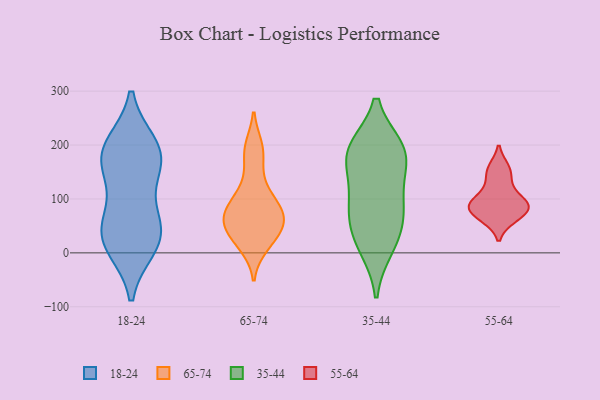
{"axis": {"x": "Conversion Rate (%)", "y": "Value"}, "legend": ["18-24", "35-44", "55-64", "65-74"], "data": [{"x": "", "y": 14, "type": "18-24"}, {"x": "", "y": 198, "type": "18-24"}, {"x": "", "y": 153, "type": "18-24"}, {"x": "", "y": 183, "type": "18-24"}, {"x": "", "y": 43, "type": "18-24"}, {"x": "", "y": 58, "type": "18-24"}, {"x": "", "y": 24, "type": "18-24"}, {"x": "", "y": 11, "type": "18-24"}, {"x": "", "y": 182, "type": "18-24"}, {"x": "", "y": 65, "type": "18-24"}, {"x": "", "y": 148, "type": "18-24"}, {"x": "", "y": 200, "type": "18-24"}, {"x": "", "y": 185, "type": "65-74"}, {"x": "", "y": 129, "type": "65-74"}, {"x": "", "y": 73, "type": "65-74"}, {"x": "", "y": 26, "type": "65-74"}, {"x": "", "y": 195, "type": "65-74"}, {"x": "", "y": 45, "type": "65-74"}, {"x": "", "y": 45, "type": "65-74"}, {"x": "", "y": 14, "type": "65-74"}, {"x": "", "y": 98, "type": "65-74"}, {"x": "", "y": 76, "type": "65-74"}, {"x": "", "y": 60, "type": "65-74"}, {"x": "", "y": 80, "type": "65-74"}, {"x": "", "y": 20, "type": "35-44"}, {"x": "", "y": 59, "type": "35-44"}, {"x": "", "y": 191, "type": "35-44"}, {"x": "", "y": 193, "type": "35-44"}, {"x": "", "y": 156, "type": "35-44"}, {"x": "", "y": 190, "type": "35-44"}, {"x": "", "y": 65, "type": "35-44"}, {"x": "", "y": 185, "type": "35-44"}, {"x": "", "y": 10, "type": "35-44"}, {"x": "", "y": 98, "type": "35-44"}, {"x": "", "y": 103, "type": "35-44"}, {"x": "", "y": 93, "type": "55-64"}, {"x": "", "y": 152, "type": "55-64"}, {"x": "", "y": 156, "type": "55-64"}, {"x": "", "y": 82, "type": "55-64"}, {"x": "", "y": 86, "type": "55-64"}, {"x": "", "y": 125, "type": "55-64"}, {"x": "", "y": 66, "type": "55-64"}, {"x": "", "y": 94, "type": "55-64"}, {"x": "", "y": 89, "type": "55-64"}, {"x": "", "y": 65, "type": "55-64"}]}